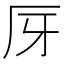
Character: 厊